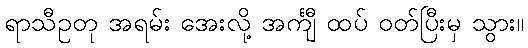
ရာသီဥတု အရမ်း အေးလို့ အင်္ကျီ ထပ် ဝတ်ပြီးမှ သွား။